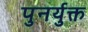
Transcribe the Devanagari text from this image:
पुनर्युक्त